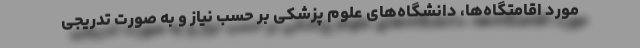
مورد اقامتگاه‌ها، دانشگاه‌های علوم پزشکی بر حسب نیاز و به صورت تدریجی